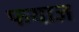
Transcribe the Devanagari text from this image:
फयाज